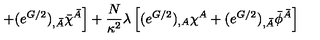
\left. + ( e ^ { G / 2 } ) _ { , \bar { A } } \bar { \chi } ^ { \bar { A } } \right] + \frac { N } { \kappa ^ { 2 } } \lambda \left[ ( e ^ { G / 2 } ) _ { , A } \chi ^ { A } + ( e ^ { G / 2 } ) _ { , \bar { A } } \bar { \phi } ^ { \bar { A } } \right]